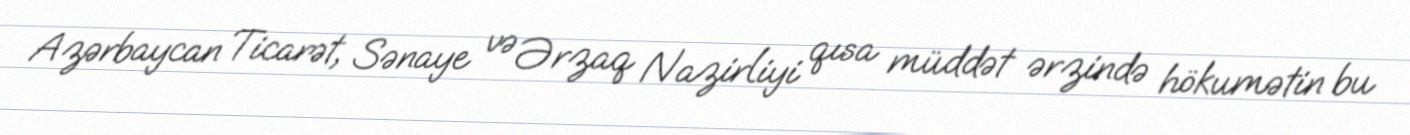
Azərbaycan Ticarət, Sənaye və Ərzaq Nazirliyi qısa müddət ərzində hökumətin bu